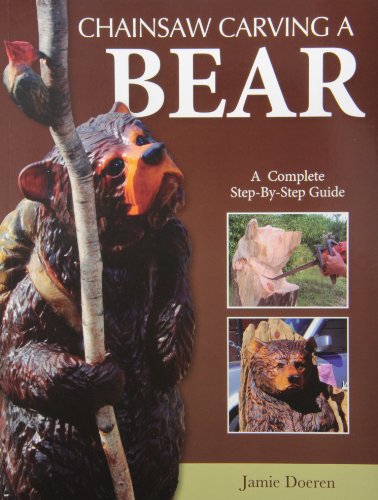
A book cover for Chainsaw Carving a Bear: A Complete Step-By-Step Guide; Jamie Doeren; Crafts, Hobbies & Home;